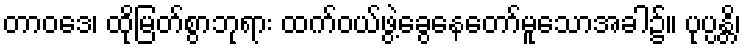
တာဝဒေ၊ ထိုမြတ်စွာဘုရား ထက်ဝယ်ဖွဲ့ခွေနေတော်မူသောအခါ၌။ ပုပ္ပန္တိ၊